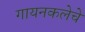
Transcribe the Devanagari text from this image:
गायनकलेचे